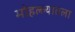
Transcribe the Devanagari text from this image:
मोहल्ल्यातला